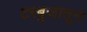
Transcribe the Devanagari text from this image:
टरबुजातून